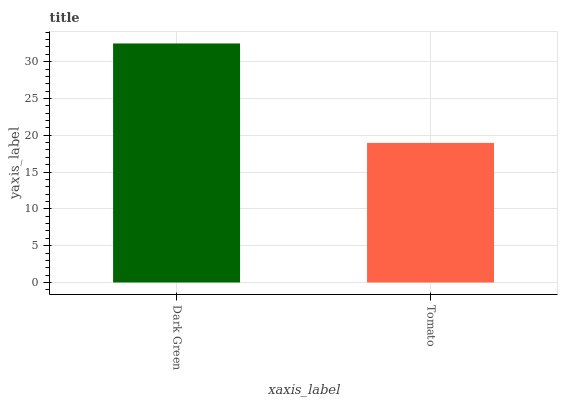
| xaxis_label | bars |
 | --- | --- |
 | Dark Green | 32.5 |
 | Tomato | 19 |